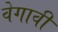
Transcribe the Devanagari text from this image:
वेगावी